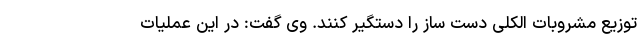
توزیع مشروبات الکلی دست ساز را دستگیر کنند. وی گفت: در این عملیات